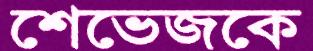
শেভেজকে